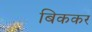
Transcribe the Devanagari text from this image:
बिककर